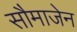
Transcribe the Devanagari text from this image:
सौमाजेन